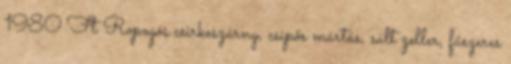
1980 Ft Ropogós csirkeszárny, csípős mártás, sült zeller, fűszeres